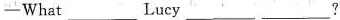
— What ___ Lucy ___ ___?